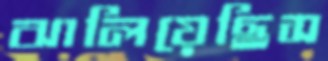
ঝালিয়েছিস